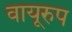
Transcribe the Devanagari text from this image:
वायूरुप